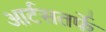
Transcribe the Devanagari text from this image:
आर्टसतर्फे